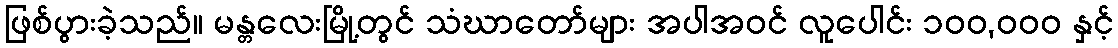
ဖြစ်ပွားခဲ့သည်။ မန္တလေးမြို့တွင် သံဃာတော်များ အပါအဝင် လူပေါင်း ၁၀၀,၀၀၀ နှင့်